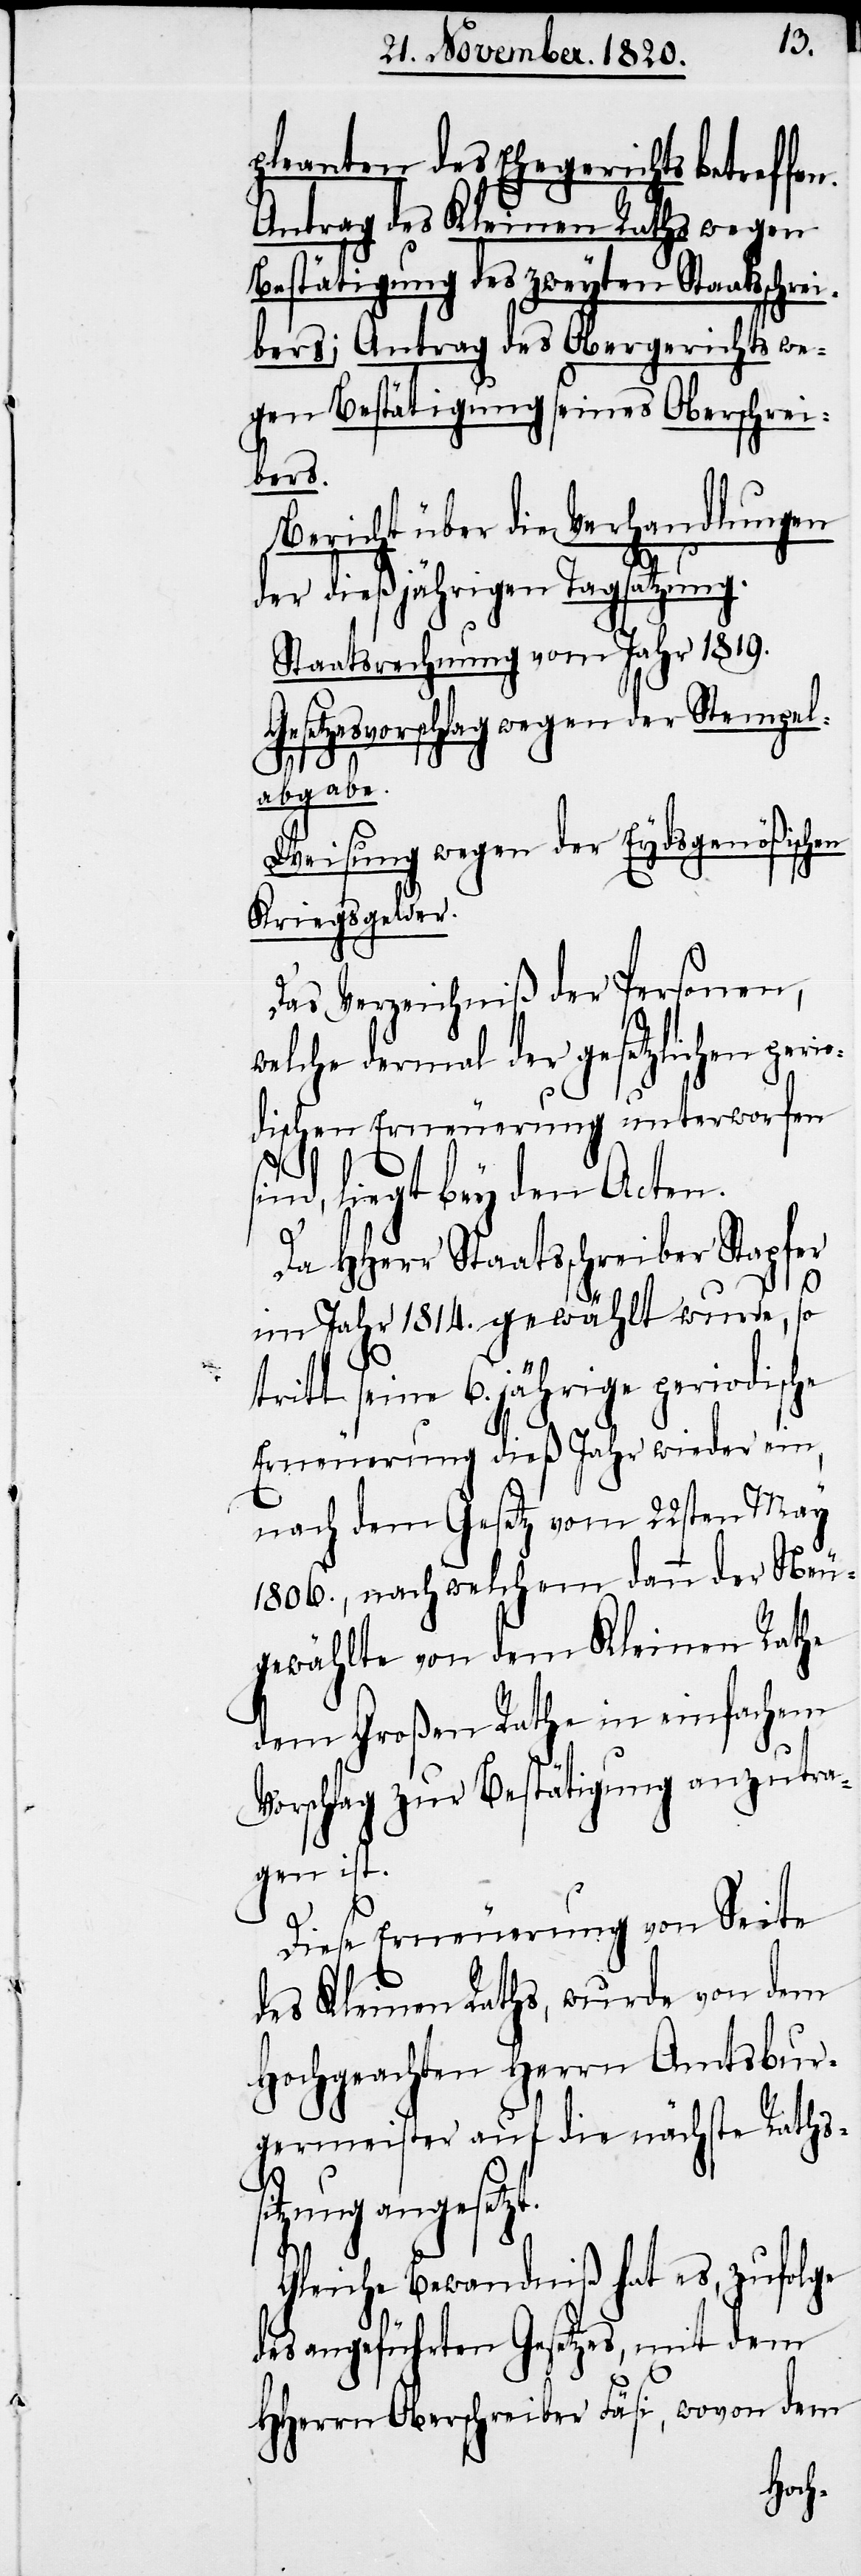
pleanten des Ehegerichts betreffe¬
Antrag des Kleinen Raths wegen
Bestätigung des zweyten Staatsschre¬
ibers; Antrag des Obergerichts we¬
gen Bestätigung seines Oberschrei¬
bers.
Bericht über die Verhandlungen
der dießjährigen Tagsatzung.
Staatsrechnung vom Jahr 1819.
Gesetzesvorschlag wegen der Stempel¬
abgabe.
Weisung wegen der Eydsgenößisch¬
Kriegsgelder.
Das Verzeichniß der Personen,
welche dermal der gesetzlichen perio¬
dischen Erneuerung unterworfen
tra¬
sind, liegt bey den Acten.
Da HHerr Staatsschreiber Stapfer
im Jahr 1814. gewählt wurde, so
tritt seine 6. jährige periodisc¬
Erneuerung dieß Jahr wieder ein,
nach dem Gesetz vom 22sten May
1806., nach welchem dann der Neu¬
gewählte von dem Kleinen Ra¬
dem Großen Rathe in einfachem
Vorschlag zur Bestätigung anzu¬
gen ist.
Diese Erneuerung von Seite
des Kleinen Raths, wurde von dem
Hochgeachten Herrn Amtsbur¬
germeister auf die nächste Raths¬
sitzung angesetzt.
Gleiche Bewandniß hat es, zufolge
des angeführten Gesetzes, mit dem
HHerrn Oberschreiber Fäsi, wovon dem